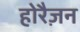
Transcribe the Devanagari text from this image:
होरैज़न